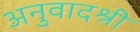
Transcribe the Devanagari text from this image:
अनुवादश्री